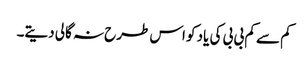
کم سے کم بی بی کی یاد کو اس طرح نہ گالی دیتے۔